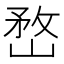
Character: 嵍